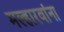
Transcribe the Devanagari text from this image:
मल्हारवांना